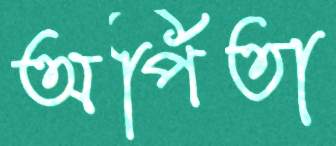
অর্পিতা